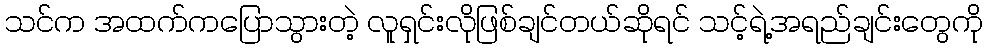
သင်က အထက်ကပြောသွားတဲ့ လူရှင်းလိုဖြစ်ချင်တယ်ဆိုရင် သင့်ရဲ့အရည်ချင်းတွေကို